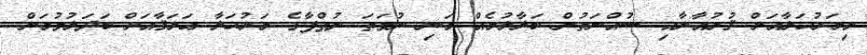
މިމަރުޙަލާއަށް ޤުރުއާނާއި ސުއްނަތުން ބަލާލުމެއް މަނި ނުވަތަ ނުޠްފާގެ މަރުޙަލާ ޢަލަޤާއަށް ބަދަލުވުމަށް